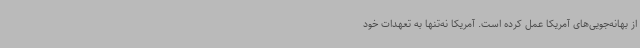
از بهانه‌جویی‌های آمریکا عمل کرده است. آمریکا نه‌تنها به تعهدات خود